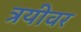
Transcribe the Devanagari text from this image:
त्रयीवर